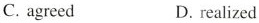
C. agreed D. realized